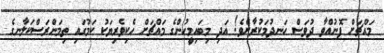
މައްޗަށް ފޮނުއްވާ ދުވަސް ހަނދުމަކުރާށެވެ! އަދި މިބައިމީހުންގެ މައްޗަށް ހެކިވެރިޔަކު ކަމުގައި ތިމަންރަސްކަލާނގެ